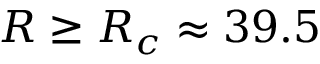
R \ge R _ { c } \approx 3 9 . 5